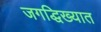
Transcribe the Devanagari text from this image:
जगद्धिख्यात